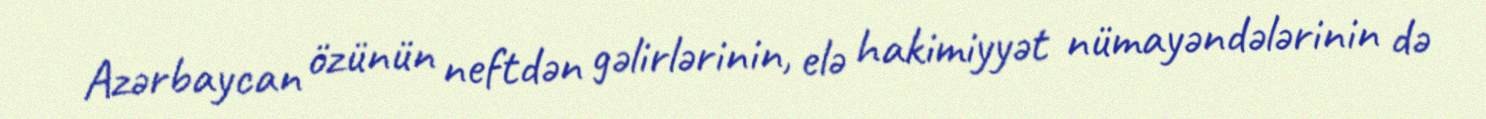
Azərbaycan özünün neftdən gəlirlərinin, elə hakimiyyət nümayəndələrinin də